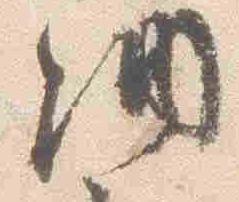
納